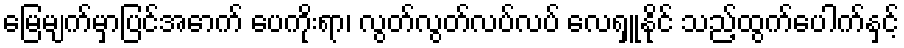
မြေမျက်မှာပြင်အောက် ပေကိုးရာ၊ လွတ်လွတ်လပ်လပ် လေရှူနိုင် သည့်ထွက်ပေါက်နှင့်